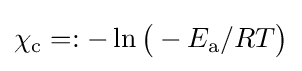
\chi _{\text{c}}=:-\ln {\bigl (}-E_{\text{a}}/RT{\bigr )}